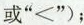
或”<”)；